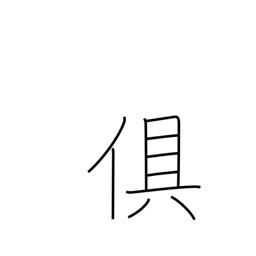
Meaning: accompany